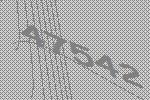
47542